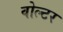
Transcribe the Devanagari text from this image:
वोल्टर